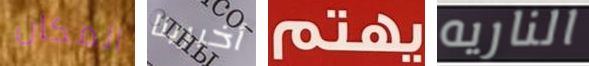
المكان أخبرينا يهتم الناريه